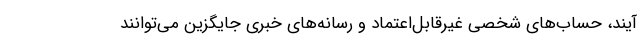
‌آیند، حساب‌های شخصی غیرقابل‌اعتماد و رسانه‌های خبری جایگزین می‌توانند